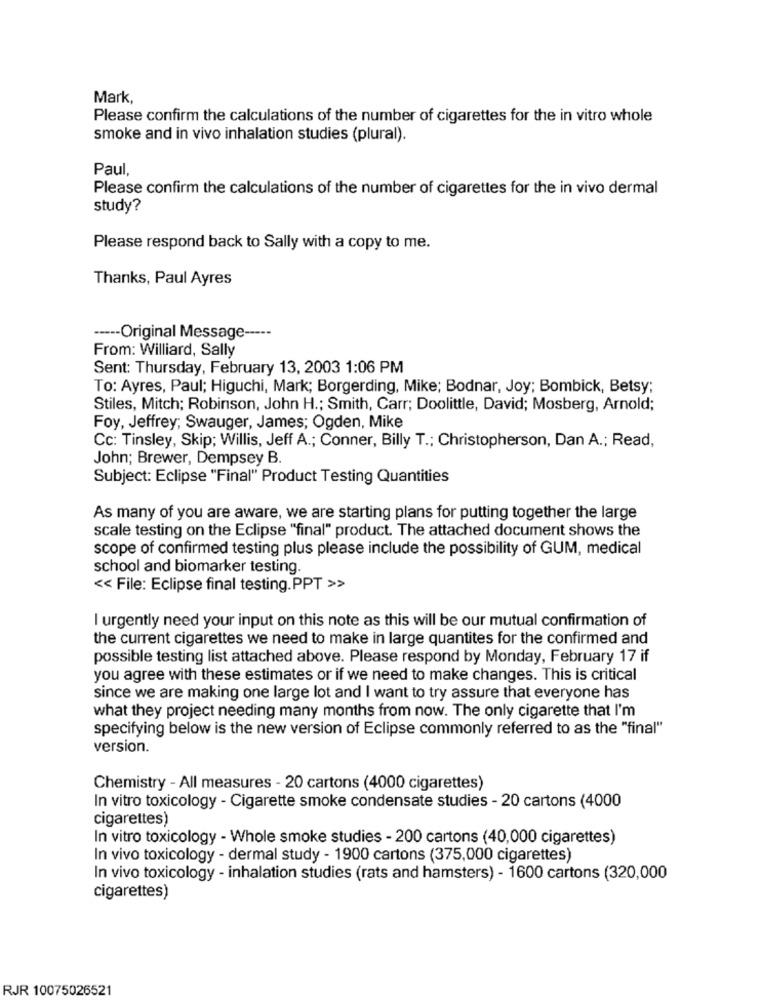
Mark,
Please confirm the calculations of the number of cigarettes for the in vitro whole
smoke and in vivo inhalation studies (plural).
Paul,
Please confirm the calculations of the number of cigarettes for the in vivo dermal
study?
Please respond back to Sally with a copy to me.
Thanks, Paul Ayres
----- Original Message -----
From: Williard, Sally
Sent: Thursday, February 13, 2003 1:06 PM
To: Ayres, Paul; Higuchi, Mark; Borgerding, Mike; Bodnar, Joy; Bombick, Betsy;
Stiles, Mitch; Robinson, John H .; Smith, Carr; Doolittle, David; Mosberg, Arnold;
Foy, Jeffrey; Swauger, James; Ogden, Mike
Cc: Tinsley, Skip; Willis, Jeff A .; Conner, Billy T .; Christopherson, Dan A .; Read,
John; Brewer, Dempsey B.
Subject: Eclipse "Final" Product Testing Quantities
As many of you are aware, we are starting plans for putting together the large
scale testing on the Eclipse "final" product. The attached document shows the
scope of confirmed testing plus please include the possibility of GUM, medical
school and biomarker testing.
<< File: Eclipse final testing. PPT >>
I urgently need your input on this note as this will be our mutual confirmation of
the current cigarettes we need to make in large quantites for the confirmed and
possible testing list attached above. Please respond by Monday, February 17 if
you agree with these estimates or if we need to make changes. This is critical
since we are making one large lot and I want to try assure that everyone has
what they project needing many months from now. The only cigarette that I'm
specifying below is the new version of Eclipse commonly referred to as the "final"
version.
Chemistry - All measures - 20 cartons (4000 cigarettes)
In vitro toxicology - Cigarette smoke condensate studies - 20 cartons (4000
cigarettes)
In vitro toxicology - Whole smoke studies - 200 cartons (40,000 cigarettes)
In vivo toxicology - dermal study - 1900 cartons (375,000 cigarettes)
In vivo toxicology - inhalation studies (rats and hamsters) - 1600 cartons (320,000
cigarettes)
RJR 10075026521